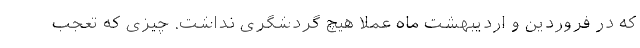
که در فروردین و اردیبهشت ماه عملاً هیچ گردشگری نداشت. چیزی که تعجب